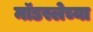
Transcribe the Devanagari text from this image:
मॉडस्लेच्या